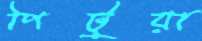
পিটুয়া